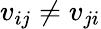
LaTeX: v_{ij}\neq v_{ji}